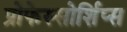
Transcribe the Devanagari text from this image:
प्रोफेस्सोर्शिप्स